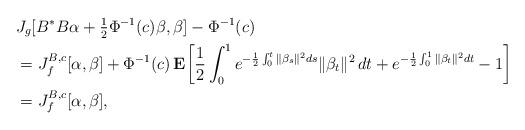
LaTeX: \begin{align*} & J_g[B^*B\alpha+\tfrac{1}{2} \Phi^{-1}(c)\beta,\beta]- \Phi^{-1}(c) \\ &=J_f^{B,c}[\alpha,\beta]+\Phi^{-1}(c)\,\mathbf{E}\bigg[\frac{1}{2}\int_0^1 e^{-\frac{1}{2}\int_0^t\|\beta_s\|^2ds}\|\beta_t\|^2\,dt+ e^{-\frac{1}{2}\int_0^1\|\beta_t\|^2dt}- 1\bigg]\\&= J_f^{B,c}[\alpha,\beta],\end{align*}